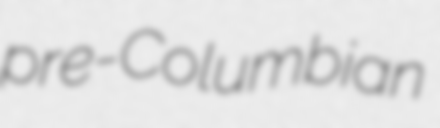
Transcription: pre-Columbian